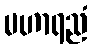
မဟာရညံ